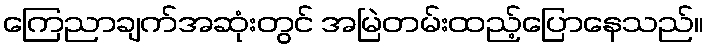
ကြေညာချက်အဆုံးတွင် အမြဲတမ်းထည့်ပြောနေသည်။